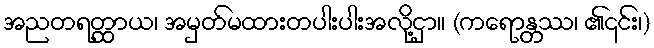
အညတရတ္ထာယ၊ အမှတ်မထားတပါးပါးအလို့ငှာ။ (ကရောန္တဿ၊ ၏၎င်း၊)